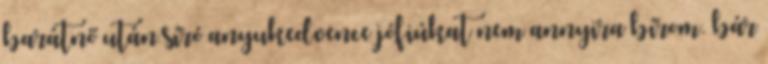
barátnő után síró anyukedvence jófiúkat nem annyira bírom. bár